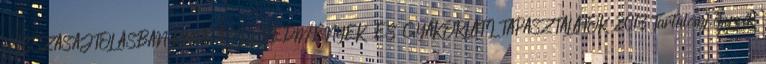
VISSZASAJTOLÁSBAN KUTATÁSI EREDMÉNYEK ÉS GYAKORLATI TAPASZTALATOK 2013 Tartalomj egyzék